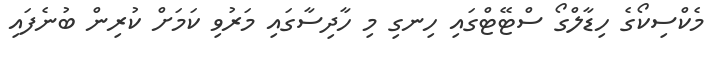
މެކްސިކޯގެ ހިޑާލްގޯ ސްޓޭޓްގައި ހިނގި މި ހާދިސާގައި މަރުވި ކަމަށް ކުރިން ބުނެފައި